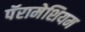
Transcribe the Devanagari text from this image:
पॅरामेशियम